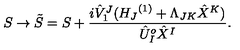
S \rightarrow { \tilde { S } } = S + \frac { i { { \hat { V } } _ { 1 } } ^ { J } ( { H _ { J } } ^ { ( 1 ) } + \Lambda _ { J K } { \hat { X } } ^ { K } ) } { { \hat { U } } _ { I } ^ { o } { \hat { X } } ^ { I } } .